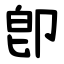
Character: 卽